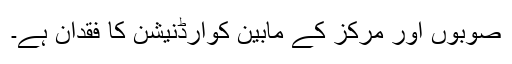
صوبوں اور مرکز کے مابین کوآرڈنیشن کا فقدان ہے۔